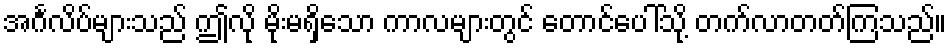
အင်္ဂလိပ်များသည် ဤလို မိုးမရှိသော ကာလများတွင် တောင်ပေါ်သို့ တက်လာတတ်ကြသည်။